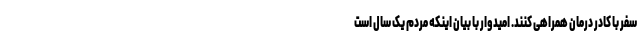
سفر با کادر درمان همراهی کنند. امیدوار با بیان اینکه مردم یک سال است